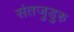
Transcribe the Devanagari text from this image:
संतजुडुरु